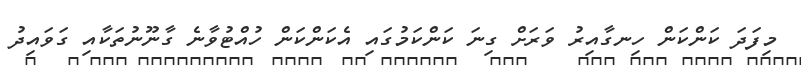
މިފަދަ ކަންކަން ހިނގާއިރު ވަރަށް ގިނަ ކަންކަމުގައި އެކަންކަން ހުއްޓުވާނެ ގާނޫނުތަކާއި ގަވައިދު